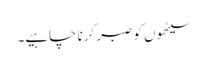
سیٹھوں کو صبر کرنا چاہیے۔